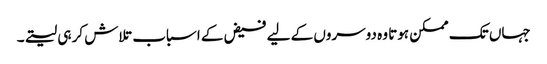
جہاں تک ممکن ہوتا وہ دوسروں کے لیے فیض کے اسباب تلاش کر ہی لیتے۔